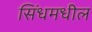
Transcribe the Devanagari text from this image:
सिंधमधील